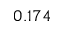
0 . 1 7 4